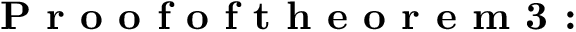
\textbf { P r o o f o f t h e o r e m 3 : }